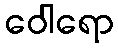
ဝေါရော